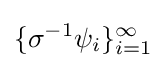
\{\sigma ^{-1}\psi _{i}\}_{i=1}^{\infty }